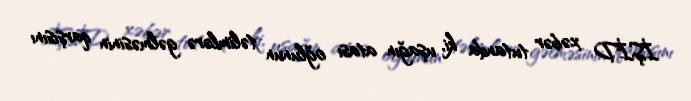
İŞİD xəbər tutanda ki, uşağın atası oğlunun təlimlərə gəlməsinin qarşısını